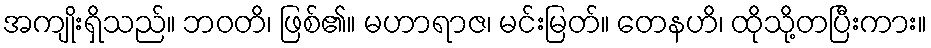
အကျိုးရှိသည်။ ဘဝတိ၊ ဖြစ်၏။ မဟာရာဇ၊ မင်းမြတ်။ တေနဟိ၊ ထိုသို့တပြီးကား။